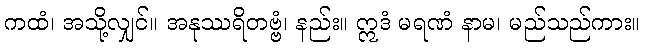
ကထံ၊ အသို့လျှင်။ အနုဿရိတဗ္ဗံ၊ နည်း။ ဣဒံ မရဏံ နာမ၊ မည်သည်ကား။